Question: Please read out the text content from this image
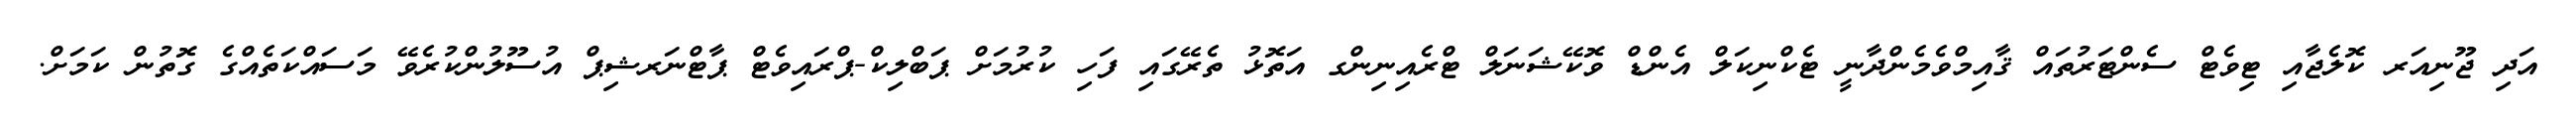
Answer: އަދި ޖޫނިއަރ ކޮލެޖާއި ޓިވެޓް ސެންޓަރުތައް ޤާއިމްވެމެންދާނީ ޓެކްނިކަލް އެންޑް ވޮކޭޝަނަލް ޓްރެއިނިންގ އަތޮޅު ތެރޭގައި ފަހި ކުރުމަށް ޕަބްލިކް-ޕްރައިވެޓް ޕާޓްނަރޝިޕް އުސޫލުންކުރެވޭ މަސައްކަތެއްގެ ގޮތުން ކަމަށް.